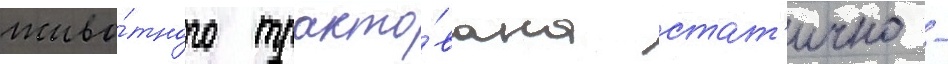
живо́тного тракто́вана стат'ично -